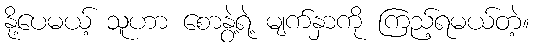
နို့ပေမယ့် သူဟာ စောနွဲ့ရဲ့ မျက်နှာကို ကြည့်ရမယ်တဲ့။